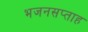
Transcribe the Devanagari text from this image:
भजनसप्‍ताह